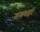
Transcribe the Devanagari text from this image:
रामशहर